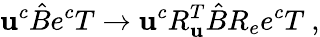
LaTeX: \mathbf{u}^{c}\hat{{B}}e^{c}T\to\mathbf{u}^{c}R_{\mathbf{u}}^{T}\hat{{B}}R_{e}e^{c}T~,